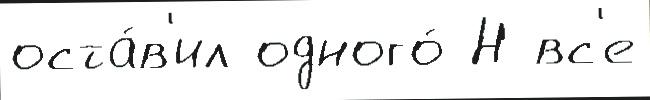
оста́в'ил одного́ Н вс'е